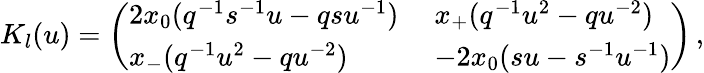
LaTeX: K_{l}(u)=\left(\begin{array}{ll}{{2x_{0}(q^{-1}s^{-1}u-qsu^{-1})\; }}&{{x_{+}(q^{-1}u^{2}-qu^{-2})}}\\ {{x_{-}(q^{-1}u^{2}-qu^{-2})\; }}&{{-2x_{0}(su-s^{-1}u^{-1})}}\end{array}\right)\, ,